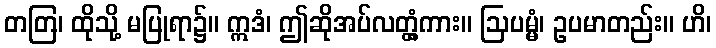
တတြ၊ ထိုသို့ မပြုရာ၌။ ဣဒံ၊ ဤဆိုအပ်လတ္တံ့ကား။ ဩပမ္မံ၊ ဥပမာတည်း။ ဟိ၊